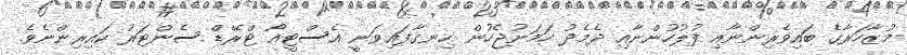
މުޒާހަރާގެ ބައިވެރިންނާއި ފުލުހުންނާއި ދެމެދު ހަމަނުޖެހުން ހިނގާފައިވަނީ އެސްޓީއޯ ޓްރޭޑް ސެންޓަރު ކައިރިންނެވެ.